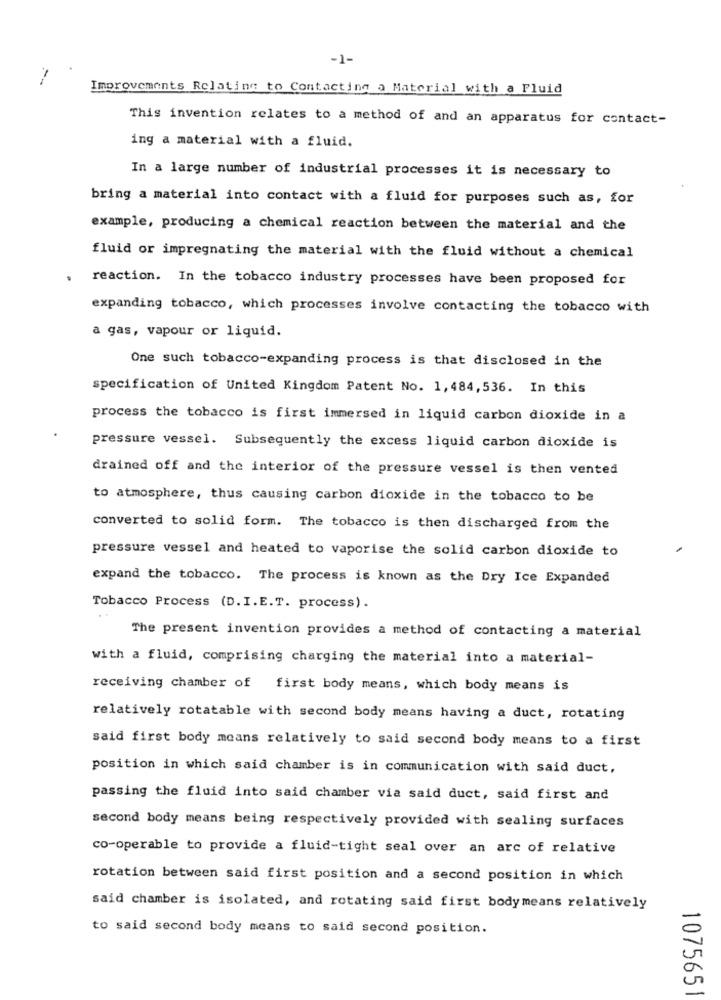
-1-
Improvements Relating to Contacting a Material with a Fluid
This invention relates to a method of and an apparatus for contact-
ing a material with a fluid.
In a large number of industrial processes it is necessary to
bring a material into contact with a fluid for purposes such as, for
example, producing a chemical reaction between the material and the
fluid or impregnating the material with the fluid without a chemical
reaction. In the tobacco industry processes have been proposed for
expanding tobacco, which processes involve contacting the tobacco with
a gas, vapour or liquid.
One such tobacco-expanding process is that disclosed in the
specification of United Kingdom Patent No. 1,484, 536. In this
process the tobacco is first immersed in liquid carbon dioxide in a
pressure vessel. Subsequently the excess liquid carbon dioxide is
drained off and the interior of the pressure vessel is then vented
to atmosphere, thus causing carbon dioxide in the tobacco to be
converted to solid form. The tobacco is then discharged from the
pressure vessel and heated to vaporise the solid carbon dioxide to
expand the tobacco. The process is known as the Dry Ice Expanded
Tobacco Process (D.I.E.T. process).
The present invention provides a method of contacting a material
with a fluid, comprising charging the material into a material-
receiving chamber of first body means, which body means is
relatively rotatable with second body means having a duct, rotating
said first body means relatively to said second body means to a first
position in which said chamber is in communication with said duct,
passing the fluid into said chamber via said duct, said first and
second body means being respectively provided with sealing surfaces
co-operable to provide a fluid-tight seal over an arc of relative
rotation between said first position and a second position in which
said chamber is isolated, and rotating said first bodymeans relatively
to said second body means to said second position.
1075651